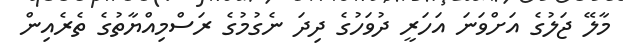
މާލޭ ޖަލުގެ އަށްވަނަ އަހަރީ ދުވަހުގެ ދިދަ ނެގުމުގެ ރަސްމިއްޔާތުގެ ތެރެއިން